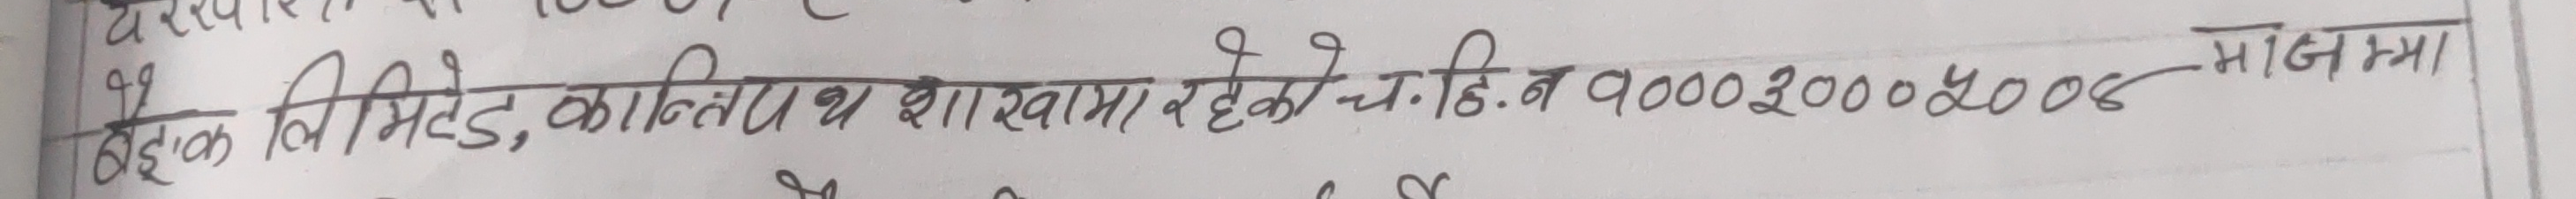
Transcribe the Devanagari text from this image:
बैङ्क लिमिटेड, कान्तिपुर शाखामा रहेको च.हि.नं. 90002002008-मोजामा